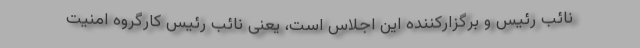
نائب رئیس و برگزارکننده این اجلاس است، یعنی نائب رئیس کارگروه امنیت